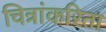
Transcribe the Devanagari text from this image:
चित्रांकरिता